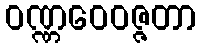
ဝဏ္ဏဝေဝဇ္ဇတာ